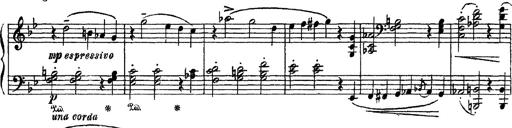
Title: Sarabande und Chaconne aus dem Singspiel
Composer: Franz Liszt